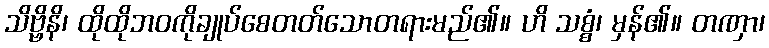
သိဗ္ဗိနိ၊ ထိုထိုဘဝကိုချုပ်စေတတ်သောတရားမည်၏။ ဟိ သစ္စံ၊ မှန်၏။ တဏှာ၊